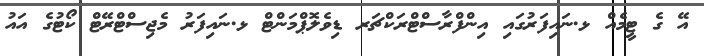
އޭ ގެ ޓީމެއް ޅ.ނައިފަރުގައި އިންފްރާސްޓްރަކްޗަރ ޑިވެލޮޕްމަންޓް ޅ.ނައިފަރު މެޖިސްޓްރޭޓް ކޯޓުގެ އައު